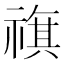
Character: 𥛏